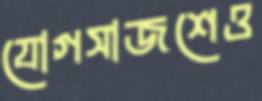
যোগসাজশেও